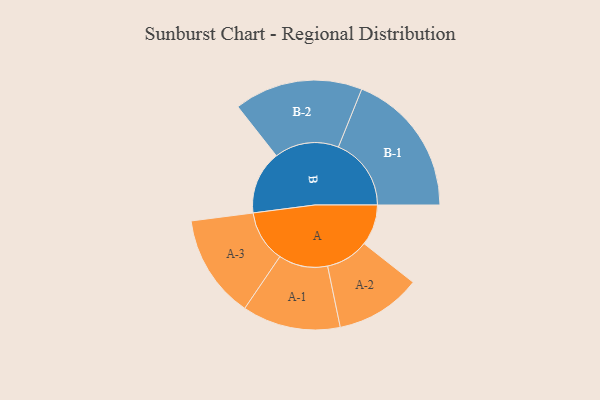
{"axis": {"x": "Segment", "y": "Value"}, "legend": ["", "A", "B"], "data": [{"x": "A", "y": 164, "type": ""}, {"x": "B", "y": 254, "type": ""}, {"x": "A-1", "y": 197, "type": "A"}, {"x": "A-2", "y": 172, "type": "A"}, {"x": "A-3", "y": 208, "type": "A"}, {"x": "B-1", "y": 292, "type": "B"}, {"x": "B-2", "y": 258, "type": "B"}]}